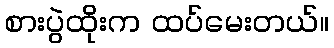
စားပွဲထိုးက ထပ်မေးတယ်။